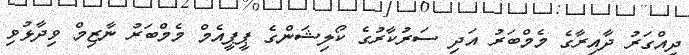
ދިއްގަރު ދާއިރާގެ މެމްބަރު އަދި ސަރުކާރުގެ ކޯލިޝަންގެ ޕީޕީއެމް މެމްބަރު ނާޒިމް ވިދާޅުވި